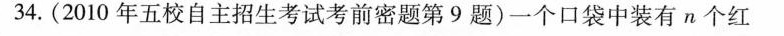
34.(2010年五校自主招生考试考前密题第9题)一个口袋中装有n个红